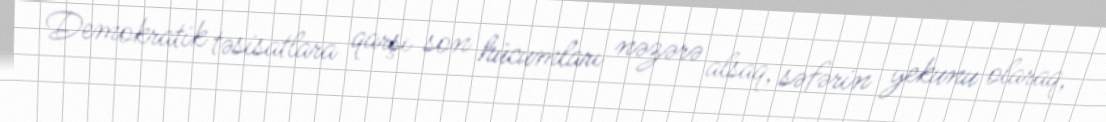
Demokratik təsisatlara qarşı son hücumları nəzərə alsaq, səfərin yekunu olaraq,